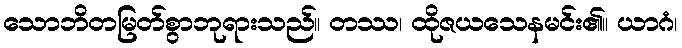
သောဘိတမြတ်စွာဘုရားသည်။ တဿ၊ ထိုဇယသေနမင်း၏။ ယာဂံ၊